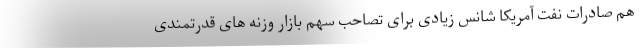
هم صادرات نفت آمریکا شانس زیادی برای تصاحب سهم بازار وزنه های قدرتمندی